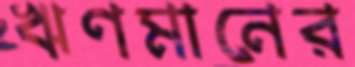
ঋণমানের